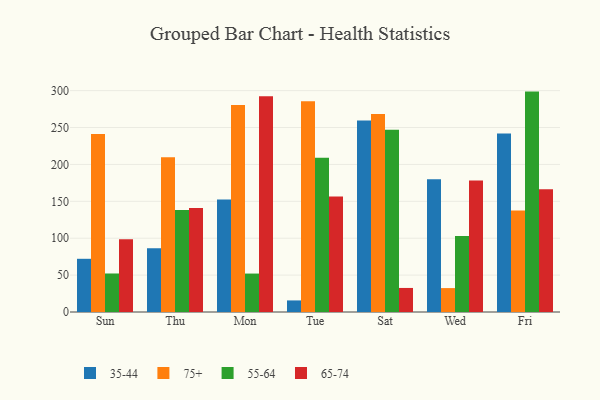
{"axis": {"x": "Day", "y": "Bounce Rate (%)"}, "legend": ["35-44", "55-64", "65-74", "75+"], "data": [{"x": "Sun", "y": 72.1, "type": "35-44"}, {"x": "Sun", "y": 241.1, "type": "75+"}, {"x": "Sun", "y": 52.2, "type": "55-64"}, {"x": "Sun", "y": 98.7, "type": "65-74"}, {"x": "Thu", "y": 86.4, "type": "35-44"}, {"x": "Thu", "y": 209.7, "type": "75+"}, {"x": "Thu", "y": 138.4, "type": "55-64"}, {"x": "Thu", "y": 140.9, "type": "65-74"}, {"x": "Mon", "y": 152.4, "type": "35-44"}, {"x": "Mon", "y": 280.7, "type": "75+"}, {"x": "Mon", "y": 52.1, "type": "55-64"}, {"x": "Mon", "y": 292.3, "type": "65-74"}, {"x": "Tue", "y": 15.7, "type": "35-44"}, {"x": "Tue", "y": 285.7, "type": "75+"}, {"x": "Tue", "y": 208.9, "type": "55-64"}, {"x": "Tue", "y": 156.6, "type": "65-74"}, {"x": "Sat", "y": 259.5, "type": "35-44"}, {"x": "Sat", "y": 268.4, "type": "75+"}, {"x": "Sat", "y": 247.0, "type": "55-64"}, {"x": "Sat", "y": 32.6, "type": "65-74"}, {"x": "Wed", "y": 179.9, "type": "35-44"}, {"x": "Wed", "y": 32.4, "type": "75+"}, {"x": "Wed", "y": 103.1, "type": "55-64"}, {"x": "Wed", "y": 178.3, "type": "65-74"}, {"x": "Fri", "y": 241.8, "type": "35-44"}, {"x": "Fri", "y": 137.4, "type": "75+"}, {"x": "Fri", "y": 298.7, "type": "55-64"}, {"x": "Fri", "y": 166.5, "type": "65-74"}]}